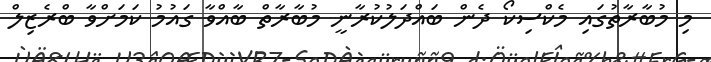
މި މުބާރާތުގައި މެކްސިކޯ ދެން ބައްދަލުކުރާނީ މުބާރާތް ބާއްވާ ގައުމު ކަމަށްވާ ބްރެޒިލް